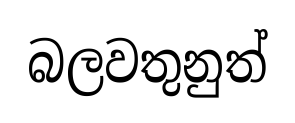
බලවතුනුත්